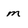
Character: m